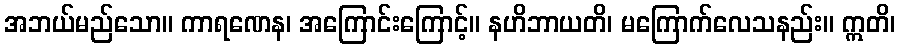
အဘယ်မည်သော။ ကာရဏေန၊ အကြောင်းကြောင့်။ နဟိဘာယတိ၊ မကြောက်လေသနည်း။ ဣတိ၊